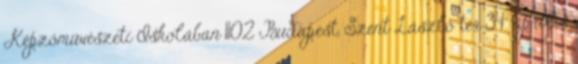
Képzőművészeti Iskolában 1102 Budapest, Szent László tér 34. április